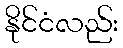
နိုင်ငံလည်း